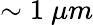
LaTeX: \sim 1\ \mu m